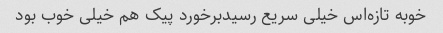
خوبه تازه‌اس خیلی سریع رسیدبرخورد پیک هم خیلی خوب بود